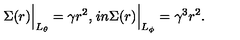
\Sigma ( r ) \Big | _ { L _ { \theta } } = \gamma r ^ { 2 } , \kern 1 i n \Sigma ( r ) \Big | _ { L _ { \phi } } = \gamma ^ { 3 } r ^ { 2 } .